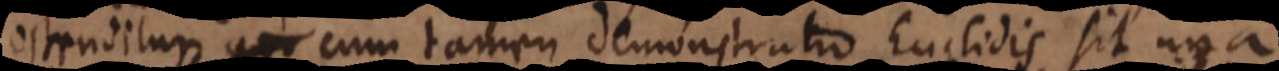
ostenditur, cum tamen demonstratio Euclidis sit una